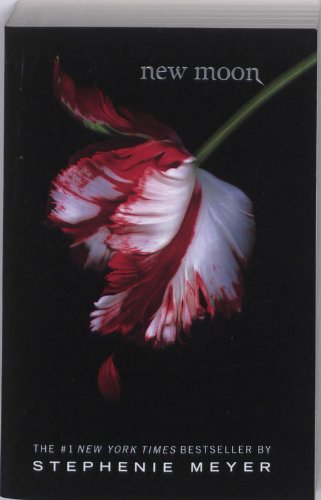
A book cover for New Moon (The Twilight Saga); Stephenie Meyer; Romance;